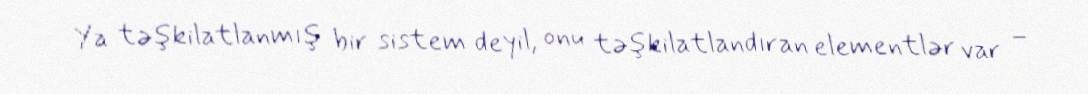
Ya təşkilatlanmış bir sistem deyil, onu təşkilatlandıran elementlər var –